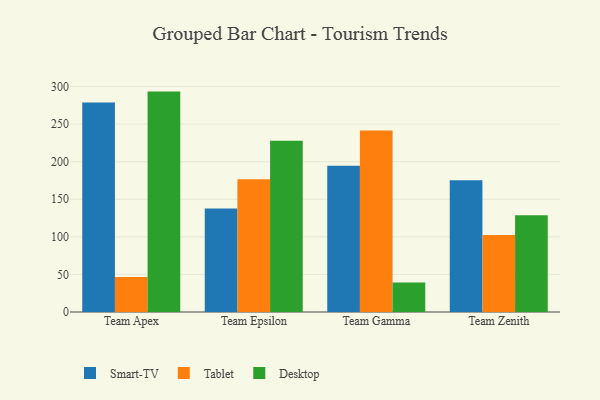
{"axis": {"x": "Team", "y": "Active Users"}, "legend": ["Desktop", "Smart-TV", "Tablet"], "data": [{"x": "Team Apex", "y": 278.9, "type": "Smart-TV"}, {"x": "Team Apex", "y": 46.6, "type": "Tablet"}, {"x": "Team Apex", "y": 293.3, "type": "Desktop"}, {"x": "Team Epsilon", "y": 137.8, "type": "Smart-TV"}, {"x": "Team Epsilon", "y": 176.5, "type": "Tablet"}, {"x": "Team Epsilon", "y": 227.8, "type": "Desktop"}, {"x": "Team Gamma", "y": 194.6, "type": "Smart-TV"}, {"x": "Team Gamma", "y": 241.4, "type": "Tablet"}, {"x": "Team Gamma", "y": 39.4, "type": "Desktop"}, {"x": "Team Zenith", "y": 175.4, "type": "Smart-TV"}, {"x": "Team Zenith", "y": 102.5, "type": "Tablet"}, {"x": "Team Zenith", "y": 128.8, "type": "Desktop"}]}